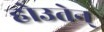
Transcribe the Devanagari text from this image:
होउतेन्